Cholera in India, 1862 to 1881
Year: 1862
Disease focus: Cholera
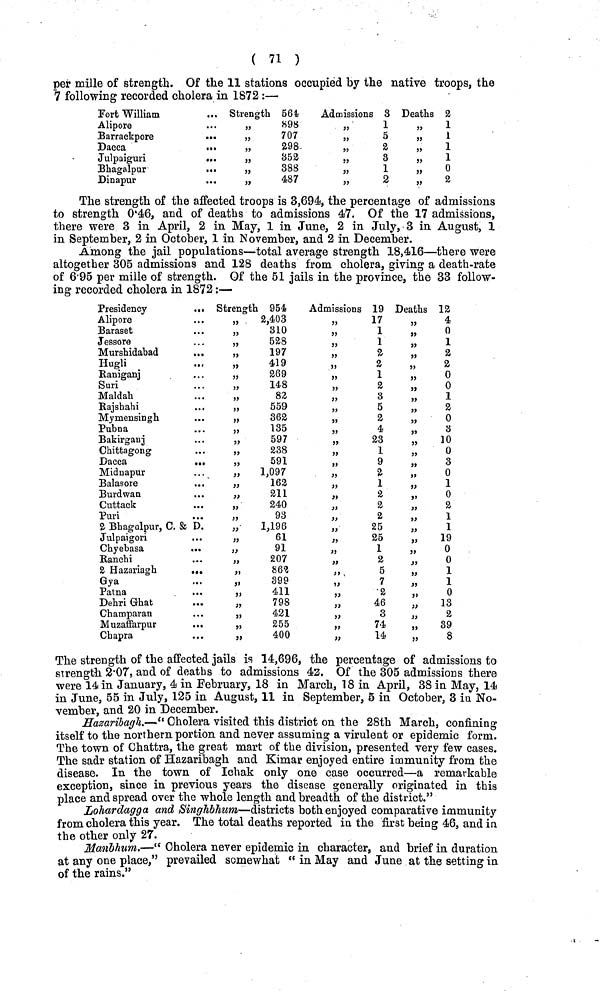
( 71 )
per mille of strength. Of the 11 stations occupied by the native troops, the
7 following recorded cholera in 1872 :—
Fort William
Alipore
Barrackpore
Dacca
Julpaiguri
Bhagalpur
Dinapur
Strength 564
„
898
,,707
,,298
,,352
„
388
,,487
Admissions 3
,,1
,,5
,,2
,,3
,,l
,,2
Deaths 2
„
1
,,1
,,1
,,
1
„ 0
„
2
The strength of the affected troops is 3,694, the percentage of admissions
to strength 0·46, and of deaths to admissions 47. Of the 17 admissions,
there were 3 in April, 2 in May, 1 in June, 2 in July, 3 in August, 1
in September, 2 in October, 1 in November, and 2 in December.
Among the jail populations—total average strength 18,416—there were
altogether 305 admissions and 128 deaths from cholera, giving a death-rate
of 6·95 per mille of strength. Of the 51 jails in the province, the 33 follow-
ing recorded cholera in 1872:—
Presidency
..
Alipore
Baraset
Jessore
Murshidabad
Hugli
Baniganj
Suri
Maldah
Kajsbahi
Mymensingh
Pubna
Bakirgaui
Chittagong
Dacca
.,
Midnapur
Balasore
Burdwan
Cuttack
Puri
2 Bhagalpur, C. & D
Julpaigori
Chyebasa
..
Ranchi
2 Hazariagh
.,
Gya
Patna
Dehri Ghat
Champaran
Muzaffarpur
Chapra
Strength 954
„
2,403
,, 310
,, 528
,, 197
,, 419
„
269
,, 148
,, 82
,,
559
,, 362
,, 135
,, 597
„
238
,, 591
„
1,097
,, 162
,, 211
„
240
,, 93
„
1,196
,, 61
,, 91
,, 207
„
862
„
399
,, 411
,, 798
,, 421
„
255
„
400
Admissions 19
,, 17
,, 1
,, 1
,, 2
,, 2
,, 1
,, 2
,, 3
,, 6
,, 2
,, 4
,, 23
,, 1
,, 9
,, 2
,, 1
,, 2
,, 2
,, 2
,, 25
,, 25
,, 1
,, 2
,, 5
,, 7
,, 2
,, 46
,, 3
,, 74
,, 14
Deaths 12
" 4
,, 0
,, 1
,, 2
,, 2
,, 0
,, 0
,, 1
,, 2
,, 0
,, 3
,, 10
,, 0
,, 3
,, 0
,, 1
,, 0
,, 2
,, 1
,, 1
,, 19
,, 0
,, 0
,, 1
,, 1
,, 0
,, 13
,, 2
,, 39
,, 8
The strength of the affected jails is 14,696 the percentage of admissions to
strength 2·07, and of deaths to admissions 42. Of the 305 admissions there
were 14 in January, 4 in .February, 18 in March, 18 in April, 38 in May, 14
in June, 55 in July, 125 in August, 11 in September, 5 in October, 3 in No-
vember, and 20 in December.
Hazaribagh.—" Cholera visited this district on the 28th March, confining
itself to the northern, portion and never assuming a virulent or epidemic form.
The town of Chattra, the great mart of the division, presented very few cases.
The sadr station of Hazaribagh and Kimar enjoyed entire immunity from the
disease. In the town of Ichak only one case occurred—a remarkable
exception, since in previous years the disease generally originated in this
place and spread over the whole length and breadth of the district."
Lohardagga and Singhbhum—districts both enjoyed comparative immunity
from cholera this year. The total deaths reported in the first being 46, and in
the other only 27.
Manbhum.—" Cholera never epidemic in character, and brief in duration
at any one place," prevailed somewhat " in May and June at the setting in
of the rains."